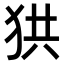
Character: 𤞒